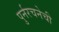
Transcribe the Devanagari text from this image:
पुर्नरचनेची